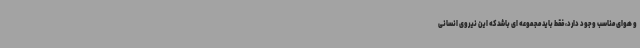
و هوای مناسب وجود دارد، فقط باید مجموعه ای باشد که این نیروی انسانی